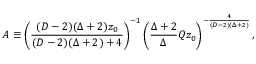
{ \cal A } \equiv \left( { \frac { ( D - 2 ) ( \Delta + 2 ) z _ { 0 } } { ( D - 2 ) ( \Delta + 2 ) + 4 } } \right) ^ { - 1 } \left( { \frac { \Delta + 2 } { \Delta } } Q z _ { 0 } \right) ^ { - { \frac { 4 } { ( D - 2 ) ( \Delta + 2 ) } } } ,